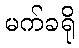
မက်ခရို